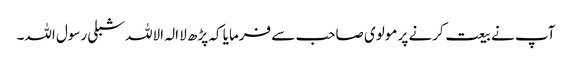
آپ نے بیعت کرنے پر مولوی صاحب سے فرمایا کہ پڑھ لا الہ الاللہ شبلی رسول اللہ۔